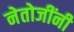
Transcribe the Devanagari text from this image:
नेतोजींनी